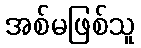
အစ်မဖြစ်သူ